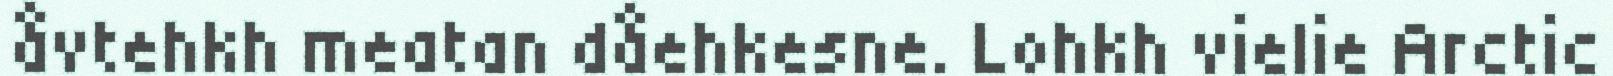
åvtehkh meatan dåehkesne. Lohkh vielie Arctic